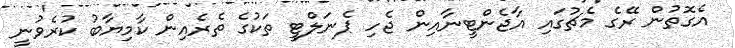
އެގޮތުން ރޭގެ މެޗުގައި އާޖެންޓީނާއިން ޖެހި ޕެނަލްޓީ ތަކުގެ ތެރެއިން ކާމިޔާބު ކުރެވުނީ